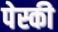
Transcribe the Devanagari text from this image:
पेस्की